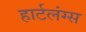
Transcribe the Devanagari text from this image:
हार्टलंग्स